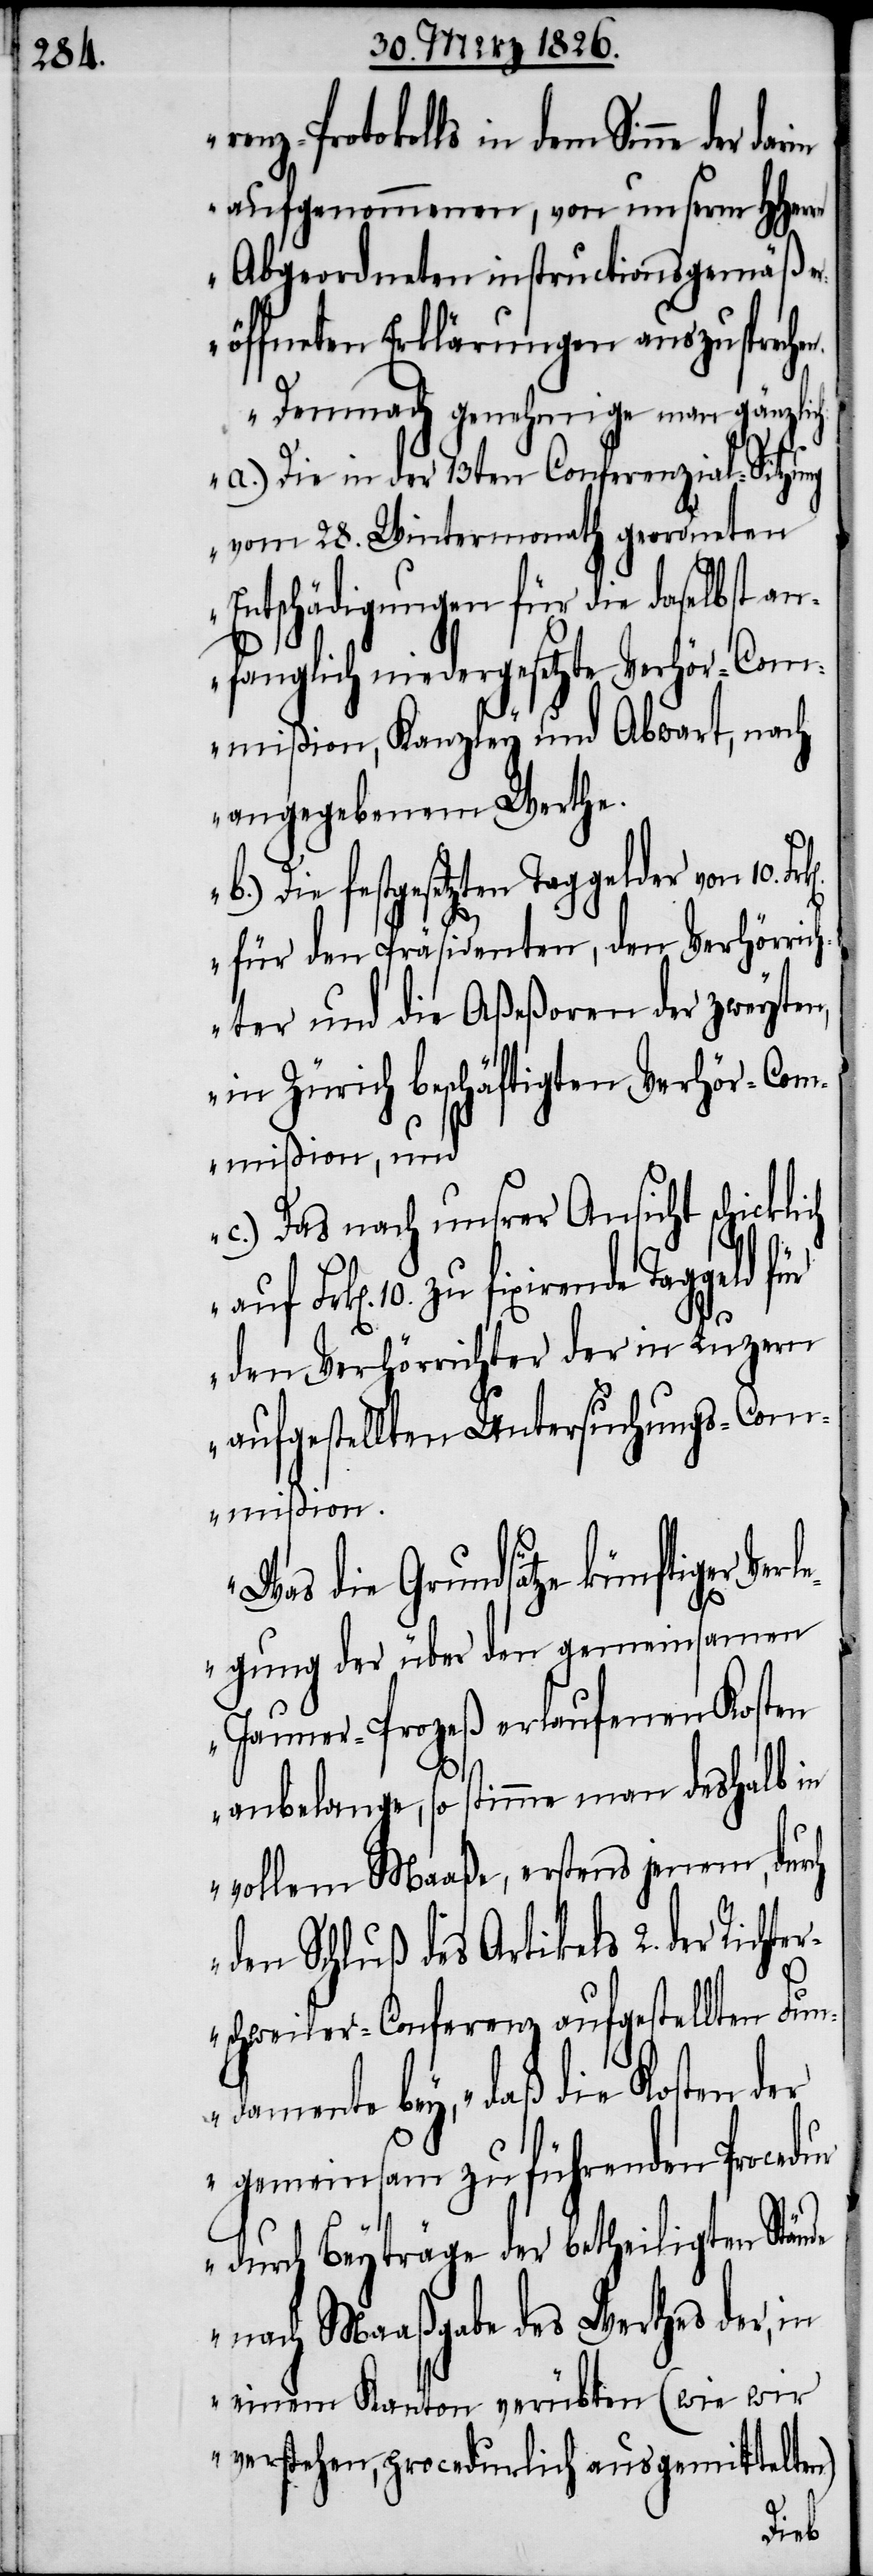
enz-Protokolls in dem Sinne der
aufgenommenen, von unserm HHerrn
Abgeordneten instructionsgemäß e¬
röffneten Erklärungen auszuspreche¬
Demnach genehmige man gänzlic¬
a.) Die in der 13ten Conferenzial-Sitzung
vom 28. Wintermonath geordneten
Entschädigungen für die daselbst an¬
fanglich niedergesetzte Verhör-Com¬
mißion, Kanzley und Abwart, nach
angegebenem Werthe.
b.) Die festgesetzten Taggelder von 10.
für den Präsidenten, den Verhörrich¬
ter und die Aßeßoren der zweyten,
in Zürich beschäftigten Verhör-Com¬
mißion, und
c.) Das nach unsrer Ansicht schic¬
zu fixirende Taggeld für
den Verhörrichter der in Luzern
aufgestellten Untersuchungs-Com¬
mißion.
Was die Grundsätze künftiger Ver¬
10.
legung der über den gemeinsamen
Jauner-Prozeß erlaufenen Kosten
ch
anbelange, so stimme man deshalb in
vollem Maaße, erstens jenen, dur¬
den Schluß des Artikels 2. der Richt¬
er¬
de
schweiler-Conferenz aufgestellten Fun¬
damente bey, ‚daß die Kosten
gemeinsam zu führenden Procedu¬
r durch Beyträge der betheiligten Stän¬
nach Maaßgabe des Werthes der, in
einem Kanton verübten (wie wir
verstehen, procedurlich ausgemittelten)
klich